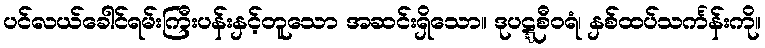
ပင်လယ်ခေါင်ရမ်းကြီးပန်းနှင့်တူသော အဆင်းရှိသော။ ဒုပဋ္ဋစီဝရံ၊ နှစ်ထပ်သင်္ကန်းကို။